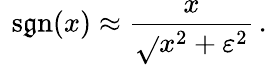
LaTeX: \ \operatorname{s\mathfrak{g}n}(x)\approx{\frac{{x}}{{\sqrt{}{{x^{2}+\varepsilon^{2}}}}}}\, .